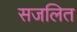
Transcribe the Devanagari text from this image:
सजलित